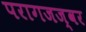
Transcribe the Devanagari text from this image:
परागजज्वर